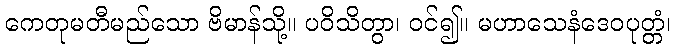
ကေတုမတီမည်သော ဗိမာန်သို့။ ပဝိသိတွာ၊ ဝင်၍။ မဟာသေနံဒေဝပုတ္တံ၊